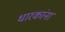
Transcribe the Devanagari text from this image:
धारकांना